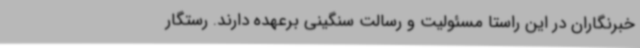
خبرنگاران در این راستا مسئولیت و رسالت سنگینی برعهده دارند. رستگار